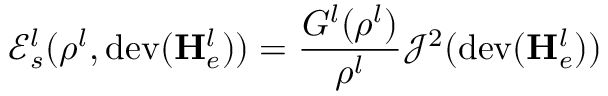
\mathscr { E } _ { s } ^ { l } ( \rho ^ { l } , \mathrm { d e v } ( \mathbf { H } _ { e } ^ { l } ) ) = \frac { G ^ { l } ( \rho ^ { l } ) } { \rho ^ { l } } \mathcal { J } ^ { 2 } ( \mathrm { d e v } ( \mathbf { H } _ { e } ^ { l } ) )